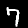
Label: 7